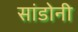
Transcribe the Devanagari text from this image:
सांडोनी